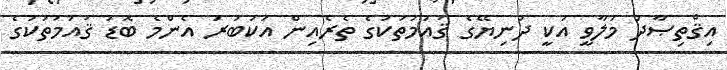
އިޤްތިޞާދު މަލާވީ އަކީ ދުނިޔޭގެ ޤައުމުތަކުގެ ތެރެއިން އަކަބުރަ އެންމެ ބޮޑު ޤައުމުތަކުގެ